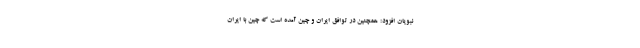
نبویان افزود: همچنین در توافق ایران و چین آمده است که چین با ایران